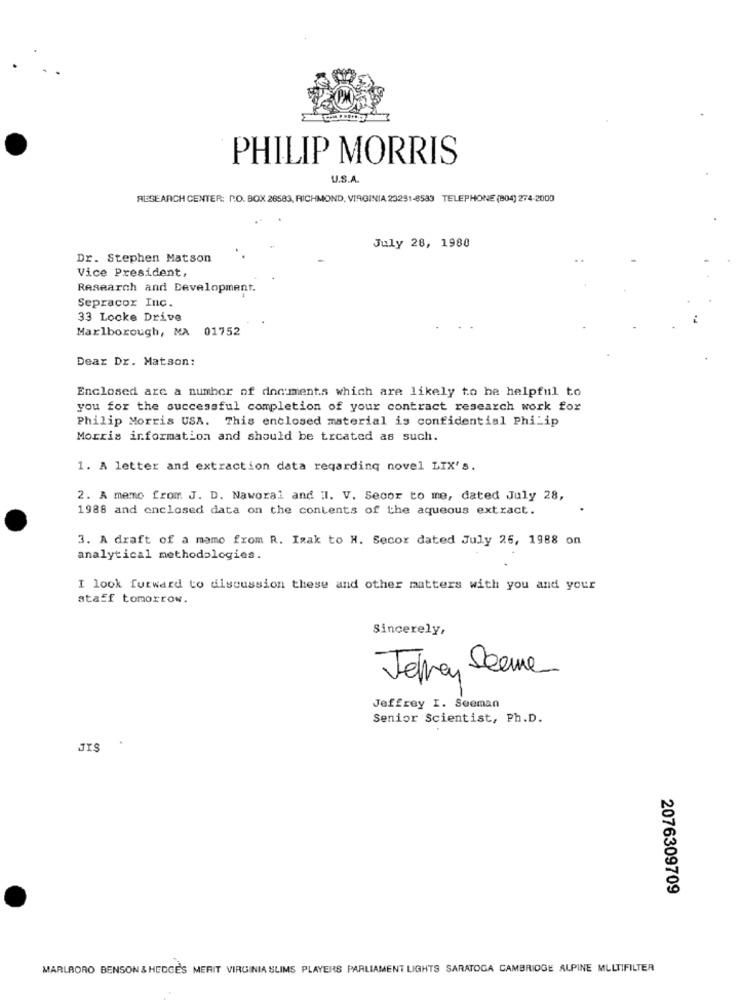
PHILIP MORRIS
U.S.A.
RESEARCH CENTER: P.O. BOX 26583, RICHMOND, VIRGINIA 23251-8583 TELEPHONE (804) 274-2000
July 28, 1980
Dr. Stephen Matson
Vice President.
Research and Development.
Sepracor Inc.
33 Locke Drive
Marlborough, MA 01752
Dear Dr. Matson:
Enclosed are a number of documents which are likely to he helpful to
you for the successful completion of your contract research work for
Philip Morris USA. This enclosed material is confidential Philip
Morris information and should be treated as such.
1. A letter and extraction data regarding novel LIX's.
2. A memo from J. D. Naworal and Il. V. Secor to me, dated July 28,
1988 and enclosed data on the contents of the aqueous extract.
3. A draft of a mamo from R. Isak to H. Secor dated July 26, 1988 on
analytical methodologies.
I look forward to discussion these and other matters with you and your
staff tomorrow.
Sincerely,
Jelen Seeme
Jeffrey I. Seeman
Senior Scientist, Ph.D.
2076309709
MARLBORO BENSON & HEDGE'S MERIT VIRGINIA SLIMS PLAYERS PARLIAMENT LIGHTS SARATOGA CAMBRIDGE ALPINE MULTIFILTER